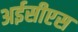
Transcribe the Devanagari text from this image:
अईसीएस